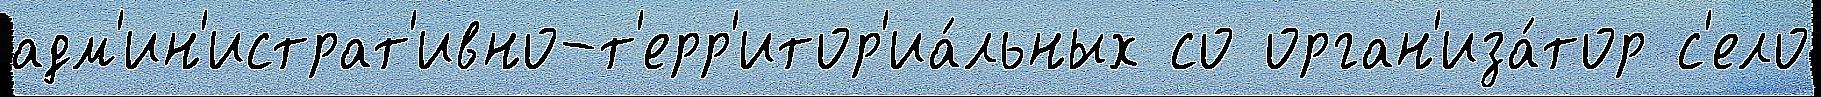
адм'ин'истрат'ивно-т'ерр'итор'иа́льных со орган'иза́тор с'ело